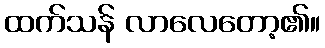
ထက်သန် လာလေတော့၏။